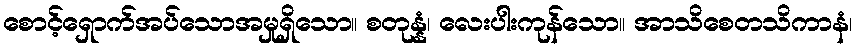
စောင့်ရှောက်အပ်သောအမှုရှိသော။ စတုန္နံ၊ လေးပါးကုန်သော။ အာသိစေတသိကာနံ၊